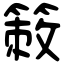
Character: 𥰡